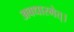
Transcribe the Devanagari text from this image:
अवधारमेत्।